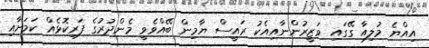
އިއްޔެ މުލިއާ ގޭގައި ވަޒީރުންނާއިއެކު ރައީސް ޔާމިން ބޭއްވެވީ މެންދުރުގެ ފަރިކޮޅެއް ކަމަށާއި